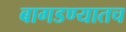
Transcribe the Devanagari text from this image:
बागडण्यातच